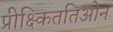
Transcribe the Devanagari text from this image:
प्रीक्ष्किततिओन